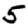
Digit: 5